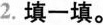
2.填一填。